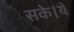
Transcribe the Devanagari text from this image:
सके।ये